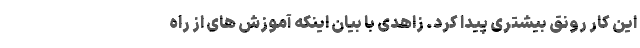
این کار رونق بیشتری پیدا کرد. زاهدی با بیان اینکه آموزش های از راه